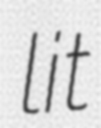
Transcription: lit